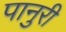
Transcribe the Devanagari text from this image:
पानुरी